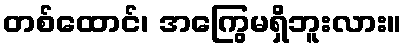
တစ်ထောင်၊ အကြွေမရှိဘူးလား။